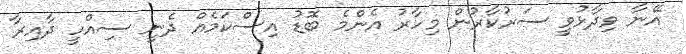
އޭނާ ވިދާޅުވީ ސަރުކާރުން މިހާރު އެންމެ ބޮޑު އިސްކަމެއް ދެނީ ސިއްހީ ދާއިރާ